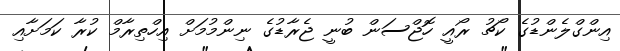
އިންގްލެންޑުގެ ކޯޗު ރޯއީ ހޮޖްސަން ބުނީ ޖެރާޑުގެ ނިންމުމަށް އިހްތިރާމް ކުރާ ކަމަށާއި